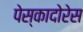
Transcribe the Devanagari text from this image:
पेस्कादोरेस